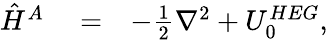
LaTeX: \begin{array}{rlr}{\hat{H}^{A}}&{{}=}&{-\frac{1}{2}{\mathbf\nabla}^{2}+U_{0}^{HEG},}\end{array}